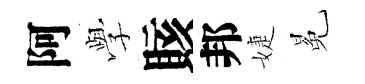
阿𫝯賅邦婕冕